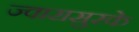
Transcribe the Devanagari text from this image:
ज्वारासुरके